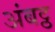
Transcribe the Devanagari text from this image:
अंबट्ठ